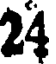
24